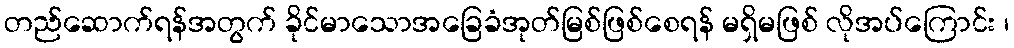
တည်ဆောက်ရန်အတွက် ခိုင်မာသောအခြေခံအုတ်မြစ်ဖြစ်စေရန် မရှိမဖြစ် လိုအပ်ကြောင်း ၊